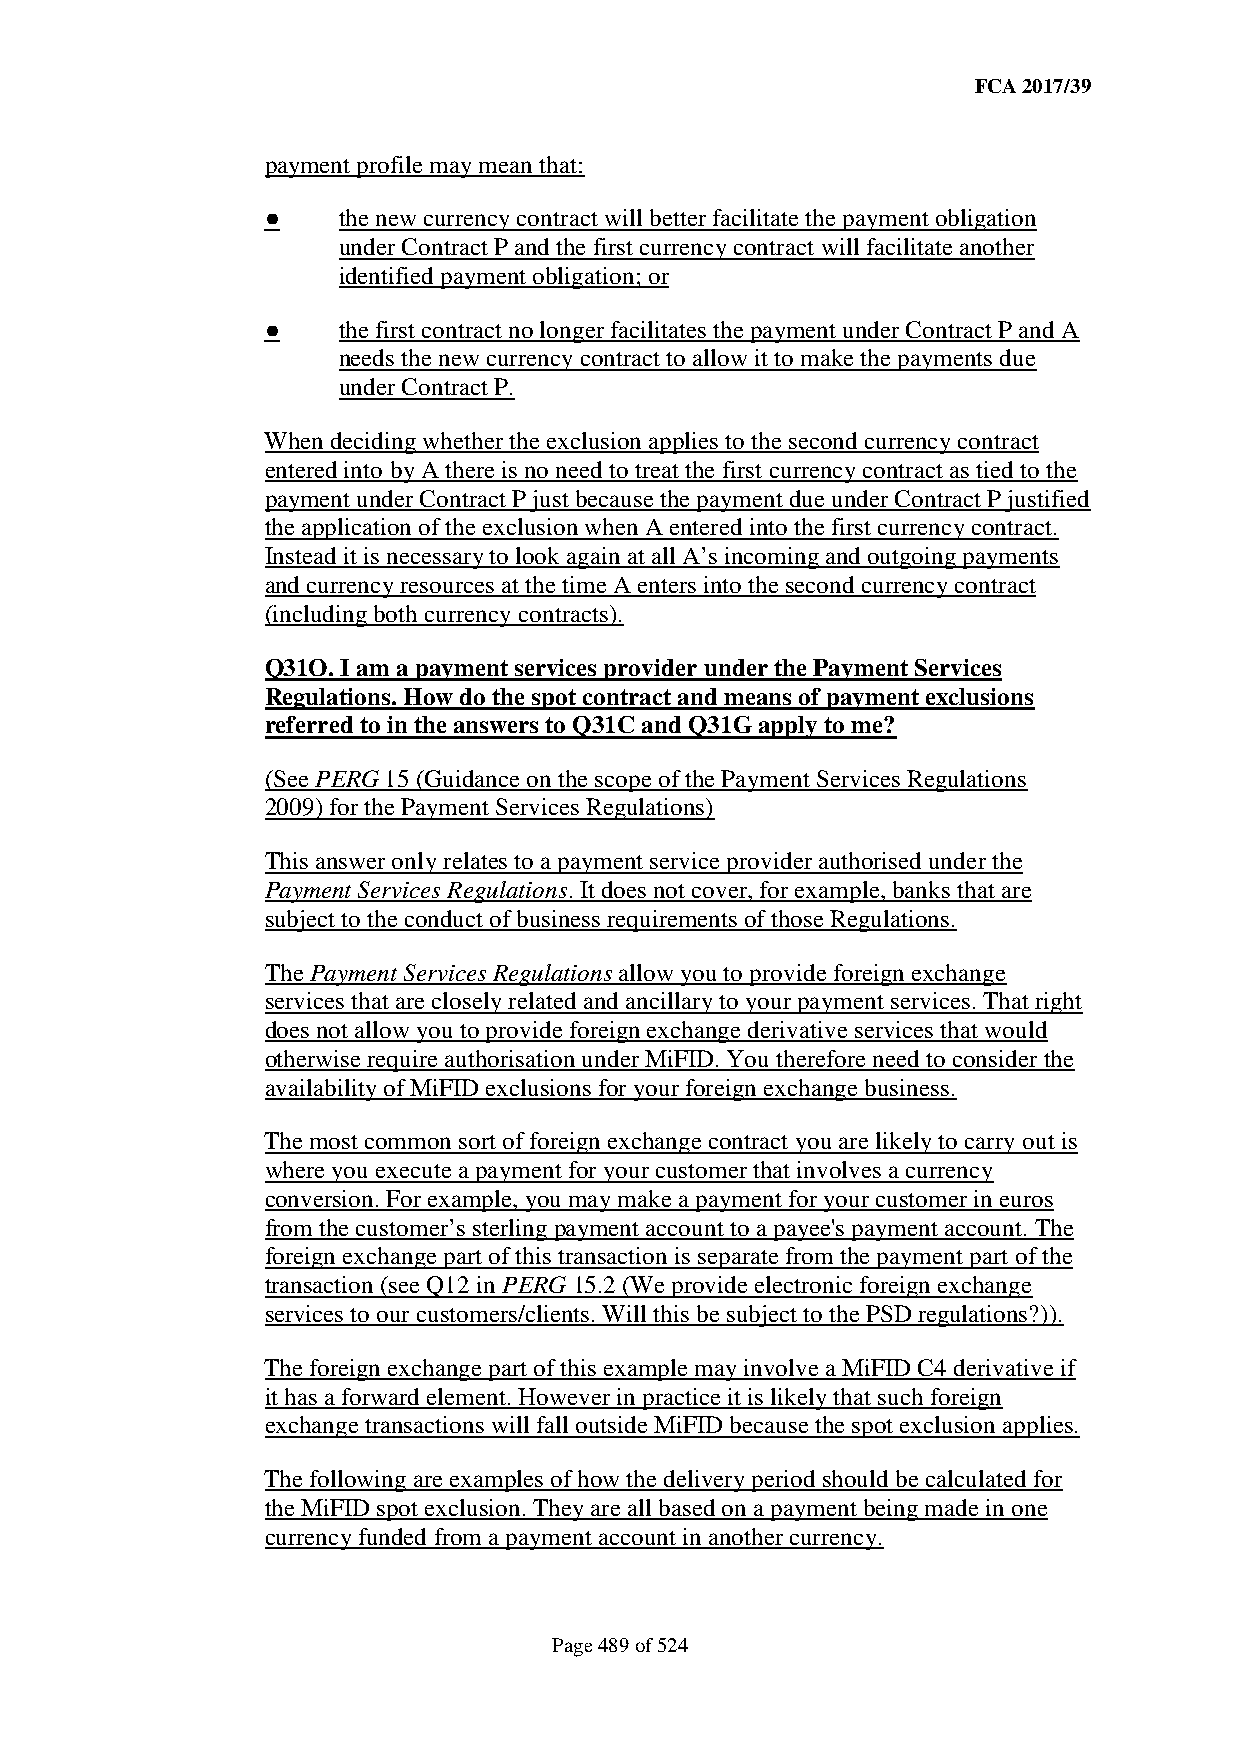
FCA 2017/39
 payment profile may mean that:
 ●   the new currency contract will better facilitate the payment obligation
 under Contract P and the first currency contract will facilitate another
 identified payment obligation; or
 ●   the first contract no longer facilitates the payment under Contract P and A
 needs the new currency contract to allow it to make the payments due
 under Contract P.
 When deciding whether the exclusion applies to the second currency contract
 entered into by A there is no need to treat the first currency contract as tied to the
 payment under Contract P just because the payment due under Contract P justified
 the application of the exclusion when A entered into the first currency contract.
 Instead it is necessary to look again at all A’s incoming and outgoing payments
 and currency resources at the time A enters into the second currency contract
 (including both currency contracts).
 Q31O. I am a payment services provider under the Payment Services
 Regulations. How do the spot contract and means of payment exclusions
 referred to in the answers to Q31C and Q31G apply to me?
 (See PERG 15 (Guidance on the scope of the Payment Services Regulations
 2009) for the Payment Services Regulations)
 This answer only relates to a payment service provider authorised under the
 Payment Services Regulations. It does not cover, for example, banks that are
 subject to the conduct of business requirements of those Regulations.
 The Payment Services Regulations allow you to provide foreign exchange
 services that are closely related and ancillary to your payment services. That right
 does not allow you to provide foreign exchange derivative services that would
 otherwise require authorisation under MiFID. You therefore need to consider the
 availability of MiFID exclusions for your foreign exchange business.
 The most common sort of foreign exchange contract you are likely to carry out is
 where you execute a payment for your customer that involves a currency
 conversion. For example, you may make a payment for your customer in euros
 from the customer’s sterling payment account to a payee's payment account. The
 foreign exchange part of this transaction is separate from the payment part of the
 transaction (see Q12 in PERG 15.2 (We provide electronic foreign exchange
 services to our customers/clients. Will this be subject to the PSD regulations?)).
 The foreign exchange part of this example may involve a MiFID C4 derivative if
 it has a forward element. However in practice it is likely that such foreign
 exchange transactions will fall outside MiFID because the spot exclusion applies.
 The following are examples of how the delivery period should be calculated for
 the MiFID spot exclusion. They are all based on a payment being made in one
 currency funded from a payment account in another currency.
 Page 489 of 524